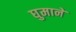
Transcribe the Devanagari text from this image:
घुमानें